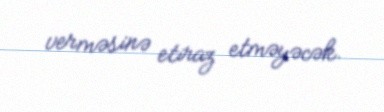
verməsinə etiraz etməyəcək.